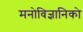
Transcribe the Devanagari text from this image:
मनोविज्ञानिको